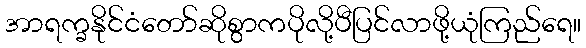
အာရက္ခနိုင်ငံတော်ဆိုစွာကပိုလို့ပီပြင်လာဖို့ယုံကြည်ရေ။